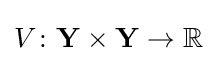
V\colon \mathbf {Y} \times \mathbf {Y} \to \mathbb {R}